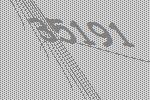
35191